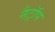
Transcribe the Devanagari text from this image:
नैट्रॉप